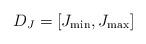
LaTeX: \begin{align*}D_J= [J_{{\rm min}}, J_{{\rm max}} ]\end{align*}